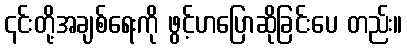
၎င်းတို့အချစ်ရေးကို ဖွင့်ဟပြောဆိုခြင်းပေ တည်း။